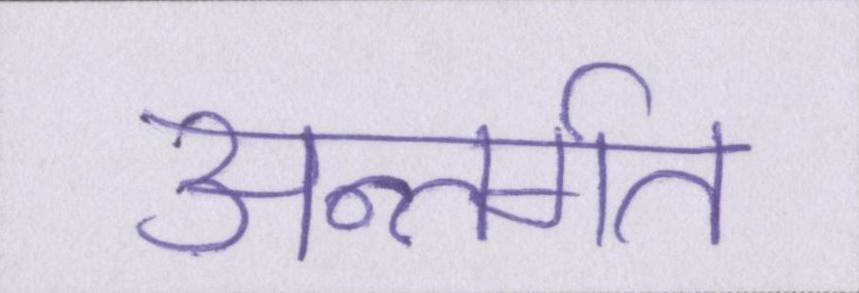
अन्तर्गत